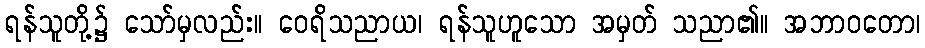
ရန်သူတို့၌ သော်မှလည်း။ ဝေရိသညာယ၊ ရန်သူဟူသော အမှတ် သညာ၏။ အဘာဝတော၊